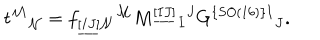
LaTeX: t ^ { \mathcal M } { } _ { \mathcal N } = f _ { \underline { { { [ I J ] } } } \mathcal { N } } { } ^ { \mathcal { M } } M ^ { \underline { { { [ I J ] } } } } { } _ { I } { } ^ { J } G ^ { \{ S O ( 1 6 ) \} I } { } _ { J } .